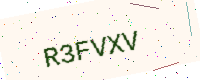
Text: R3FVXV